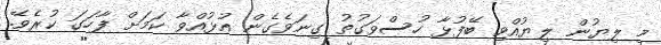
މި ލިޔުން ލިޔުއްވި ބޭފުޅާ ހުސްވަގުތު ގިނަވެގެން އުޅުއްވާ ކަމަށް ފާހަގަ ކުރެވޭ.